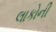
લાકોની